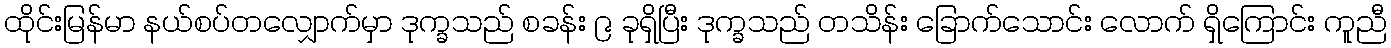
ထိုင်းမြန်မာ နယ်စပ်တလျှောက်မှာ ဒုက္ခသည် စခန်း ၉ ခုရှိပြီး ဒုက္ခသည် တသိန်း ခြောက်သောင်း လောက် ရှိကြောင်း ကူညီ